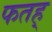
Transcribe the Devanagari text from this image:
फतह्